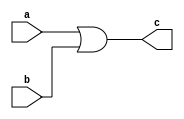
// Code your design here
module or_gate(
  input a,b,
  output c);
  or(c,a,b);
endmodule